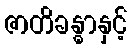
ဇာတိခန္ဓာနှင့်